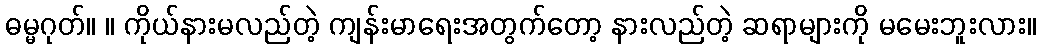
ဓမ္မဂုတ်။ ။ ကိုယ်နားမလည်တဲ့ ကျန်းမာရေးအတွက်တော့ နားလည်တဲ့ ဆရာများကို မမေးဘူးလား။